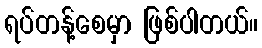
ရပ်တန့်စေမှာ ဖြစ်ပါတယ်။